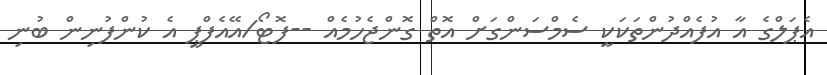
އެޕަލްގެ އާ އުފެއްދުންތަކަކީ ސެމްސަންގަށް އޮތް ގޮންޖެހުމެއް --ފޮޓޯ/އޭއެފްޕީ އެ ކުންފުނިން ބުނި